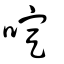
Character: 啶